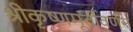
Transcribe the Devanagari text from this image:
श्रीकृष्णमूर्तीवर्णन